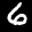
Label: 6